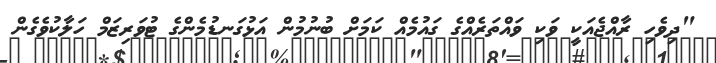
"ދިވެހި ރާއްޖެއަކީ ވަކި ވައްތަރެއްގެ ގައުމެއް ކަމަށް ބުނުމުން އަޅުގަނޑުމެންގެ ޓުވަރިޒަމް ހަލާކުވެގެން